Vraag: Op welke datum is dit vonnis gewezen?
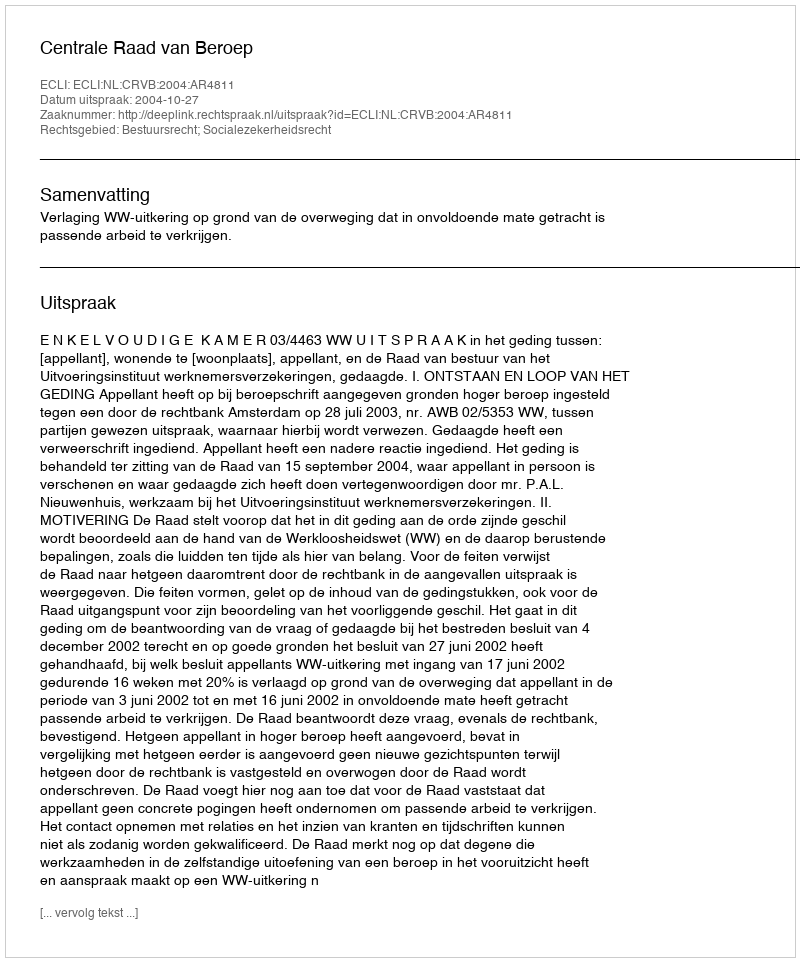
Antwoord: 2004-10-27